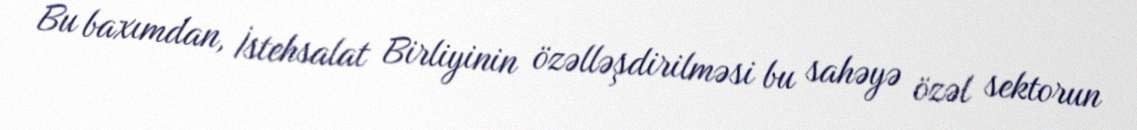
Bu baxımdan, İstehsalat Birliyinin özəlləşdirilməsi bu sahəyə özəl sektorun